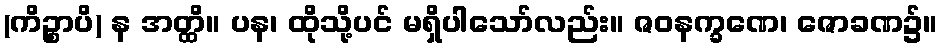
(ကိဉ္စာပိ) န အတ္ထိ။ ပန၊ ထိုသို့ပင် မရှိပါသော်လည်း။ ဇဝနက္ခဏေ၊ ဇောခဏ၌။